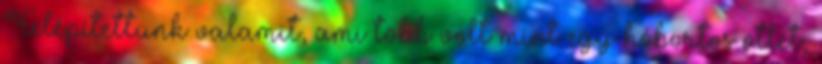
Felépítettünk valamit, ami több volt mint egy hóbortos ötlet,